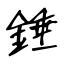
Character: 錘